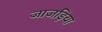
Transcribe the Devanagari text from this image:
जाजड़िया